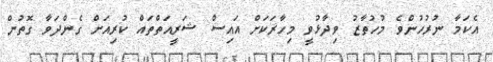
އެކަމާ ނުރުހުންވެ މުހުތާޒު ވިދާޅުވީ މިހާރަކަށް އައިސް ޝަރީއަތްތައް ކުރިއަށް ގެންދަވާ ގޮތުން